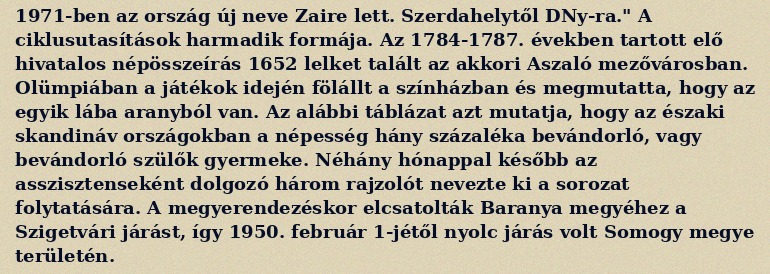
1971-ben az ország új neve Zaire lett. Szerdahelytől DNy-ra." A ciklusutasítások harmadik formája. Az 1784-1787. években tartott elő hivatalos népösszeírás 1652 lelket talált az akkori Aszaló mezővárosban. Olümpiában a játékok idején fölállt a színházban és megmutatta, hogy az egyik lába aranyból van. Az alábbi táblázat azt mutatja, hogy az északi skandináv országokban a népesség hány százaléka bevándorló, vagy bevándorló szülők gyermeke. Néhány hónappal később az asszisztenseként dolgozó három rajzolót nevezte ki a sorozat folytatására. A megyerendezéskor elcsatolták Baranya megyéhez a Szigetvári járást, így 1950. február 1-jétől nyolc járás volt Somogy megye területén.